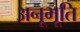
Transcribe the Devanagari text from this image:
अनूभूति